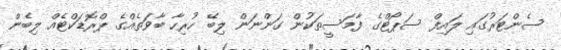
ސެންޓަރުގައި ލައިފް ސަޕޯޓްގެ ފާމަސީތަކުން ގަންނަން ލިބޭ ހުރިހާ ބާވަތެއްގެ ޕްރޮޑަކްޓެއް ލިބެން